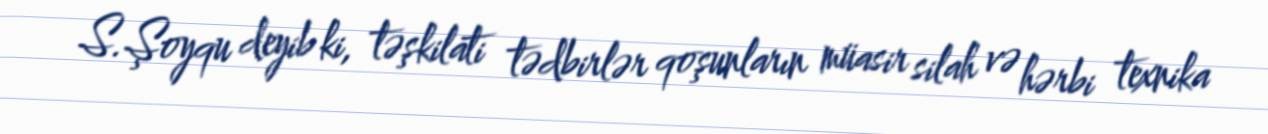
S.Şoyqu deyib ki, təşkilati tədbirlər qoşunların müasir silah və hərbi texnika